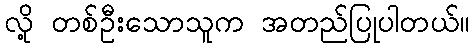
လို့ တစ်ဦးသောသူက အတည်ပြုပါတယ်။